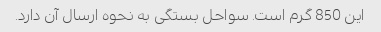
این 850 گرم است. سواحل بستگی به نحوه ارسال آن دارد.